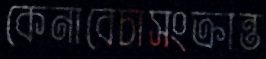
কেনাবেচাসংক্রান্ত